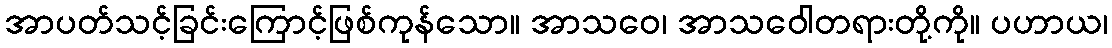
အာပတ်သင့်ခြင်းကြောင့်ဖြစ်ကုန်သော။ အာသဝေ၊ အာသဝေါတရားတို့ကို။ ပဟာယ၊